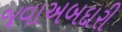
જવાઅબદારી